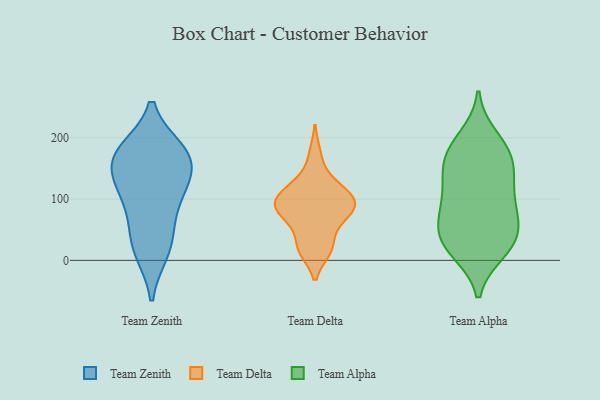
{"axis": {"x": "Operating Costs (USD K)", "y": "Value"}, "legend": ["Team Alpha", "Team Delta", "Team Zenith"], "data": [{"x": "", "y": 115, "type": "Team Zenith"}, {"x": "", "y": 167, "type": "Team Zenith"}, {"x": "", "y": 175, "type": "Team Zenith"}, {"x": "", "y": 178, "type": "Team Zenith"}, {"x": "", "y": 22, "type": "Team Zenith"}, {"x": "", "y": 169, "type": "Team Zenith"}, {"x": "", "y": 53, "type": "Team Zenith"}, {"x": "", "y": 15, "type": "Team Zenith"}, {"x": "", "y": 118, "type": "Team Zenith"}, {"x": "", "y": 154, "type": "Team Zenith"}, {"x": "", "y": 98, "type": "Team Zenith"}, {"x": "", "y": 16, "type": "Team Delta"}, {"x": "", "y": 114, "type": "Team Delta"}, {"x": "", "y": 92, "type": "Team Delta"}, {"x": "", "y": 47, "type": "Team Delta"}, {"x": "", "y": 78, "type": "Team Delta"}, {"x": "", "y": 21, "type": "Team Delta"}, {"x": "", "y": 77, "type": "Team Delta"}, {"x": "", "y": 90, "type": "Team Delta"}, {"x": "", "y": 132, "type": "Team Delta"}, {"x": "", "y": 173, "type": "Team Delta"}, {"x": "", "y": 90, "type": "Team Delta"}, {"x": "", "y": 106, "type": "Team Delta"}, {"x": "", "y": 117, "type": "Team Delta"}, {"x": "", "y": 67, "type": "Team Delta"}, {"x": "", "y": 16, "type": "Team Delta"}, {"x": "", "y": 93, "type": "Team Delta"}, {"x": "", "y": 30, "type": "Team Alpha"}, {"x": "", "y": 185, "type": "Team Alpha"}, {"x": "", "y": 143, "type": "Team Alpha"}, {"x": "", "y": 44, "type": "Team Alpha"}, {"x": "", "y": 174, "type": "Team Alpha"}, {"x": "", "y": 61, "type": "Team Alpha"}, {"x": "", "y": 114, "type": "Team Alpha"}, {"x": "", "y": 15, "type": "Team Alpha"}, {"x": "", "y": 120, "type": "Team Alpha"}, {"x": "", "y": 85, "type": "Team Alpha"}, {"x": "", "y": 157, "type": "Team Alpha"}, {"x": "", "y": 64, "type": "Team Alpha"}, {"x": "", "y": 89, "type": "Team Alpha"}, {"x": "", "y": 164, "type": "Team Alpha"}, {"x": "", "y": 200, "type": "Team Alpha"}, {"x": "", "y": 29, "type": "Team Alpha"}, {"x": "", "y": 18, "type": "Team Alpha"}]}